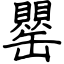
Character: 罌